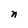
Character: n